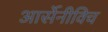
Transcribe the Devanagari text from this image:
आर्सेनीविच